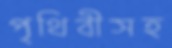
পৃথিবীসহ